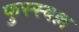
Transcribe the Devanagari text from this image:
फुस्स्बल्ल